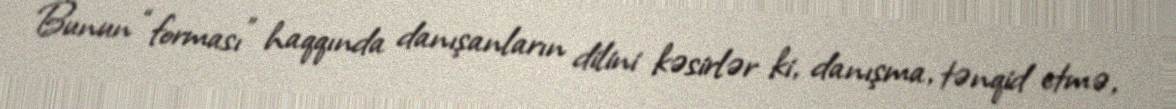
Bunun “forması” haqqında danışanların dilini kəsirlər ki, danışma, tənqid etmə,